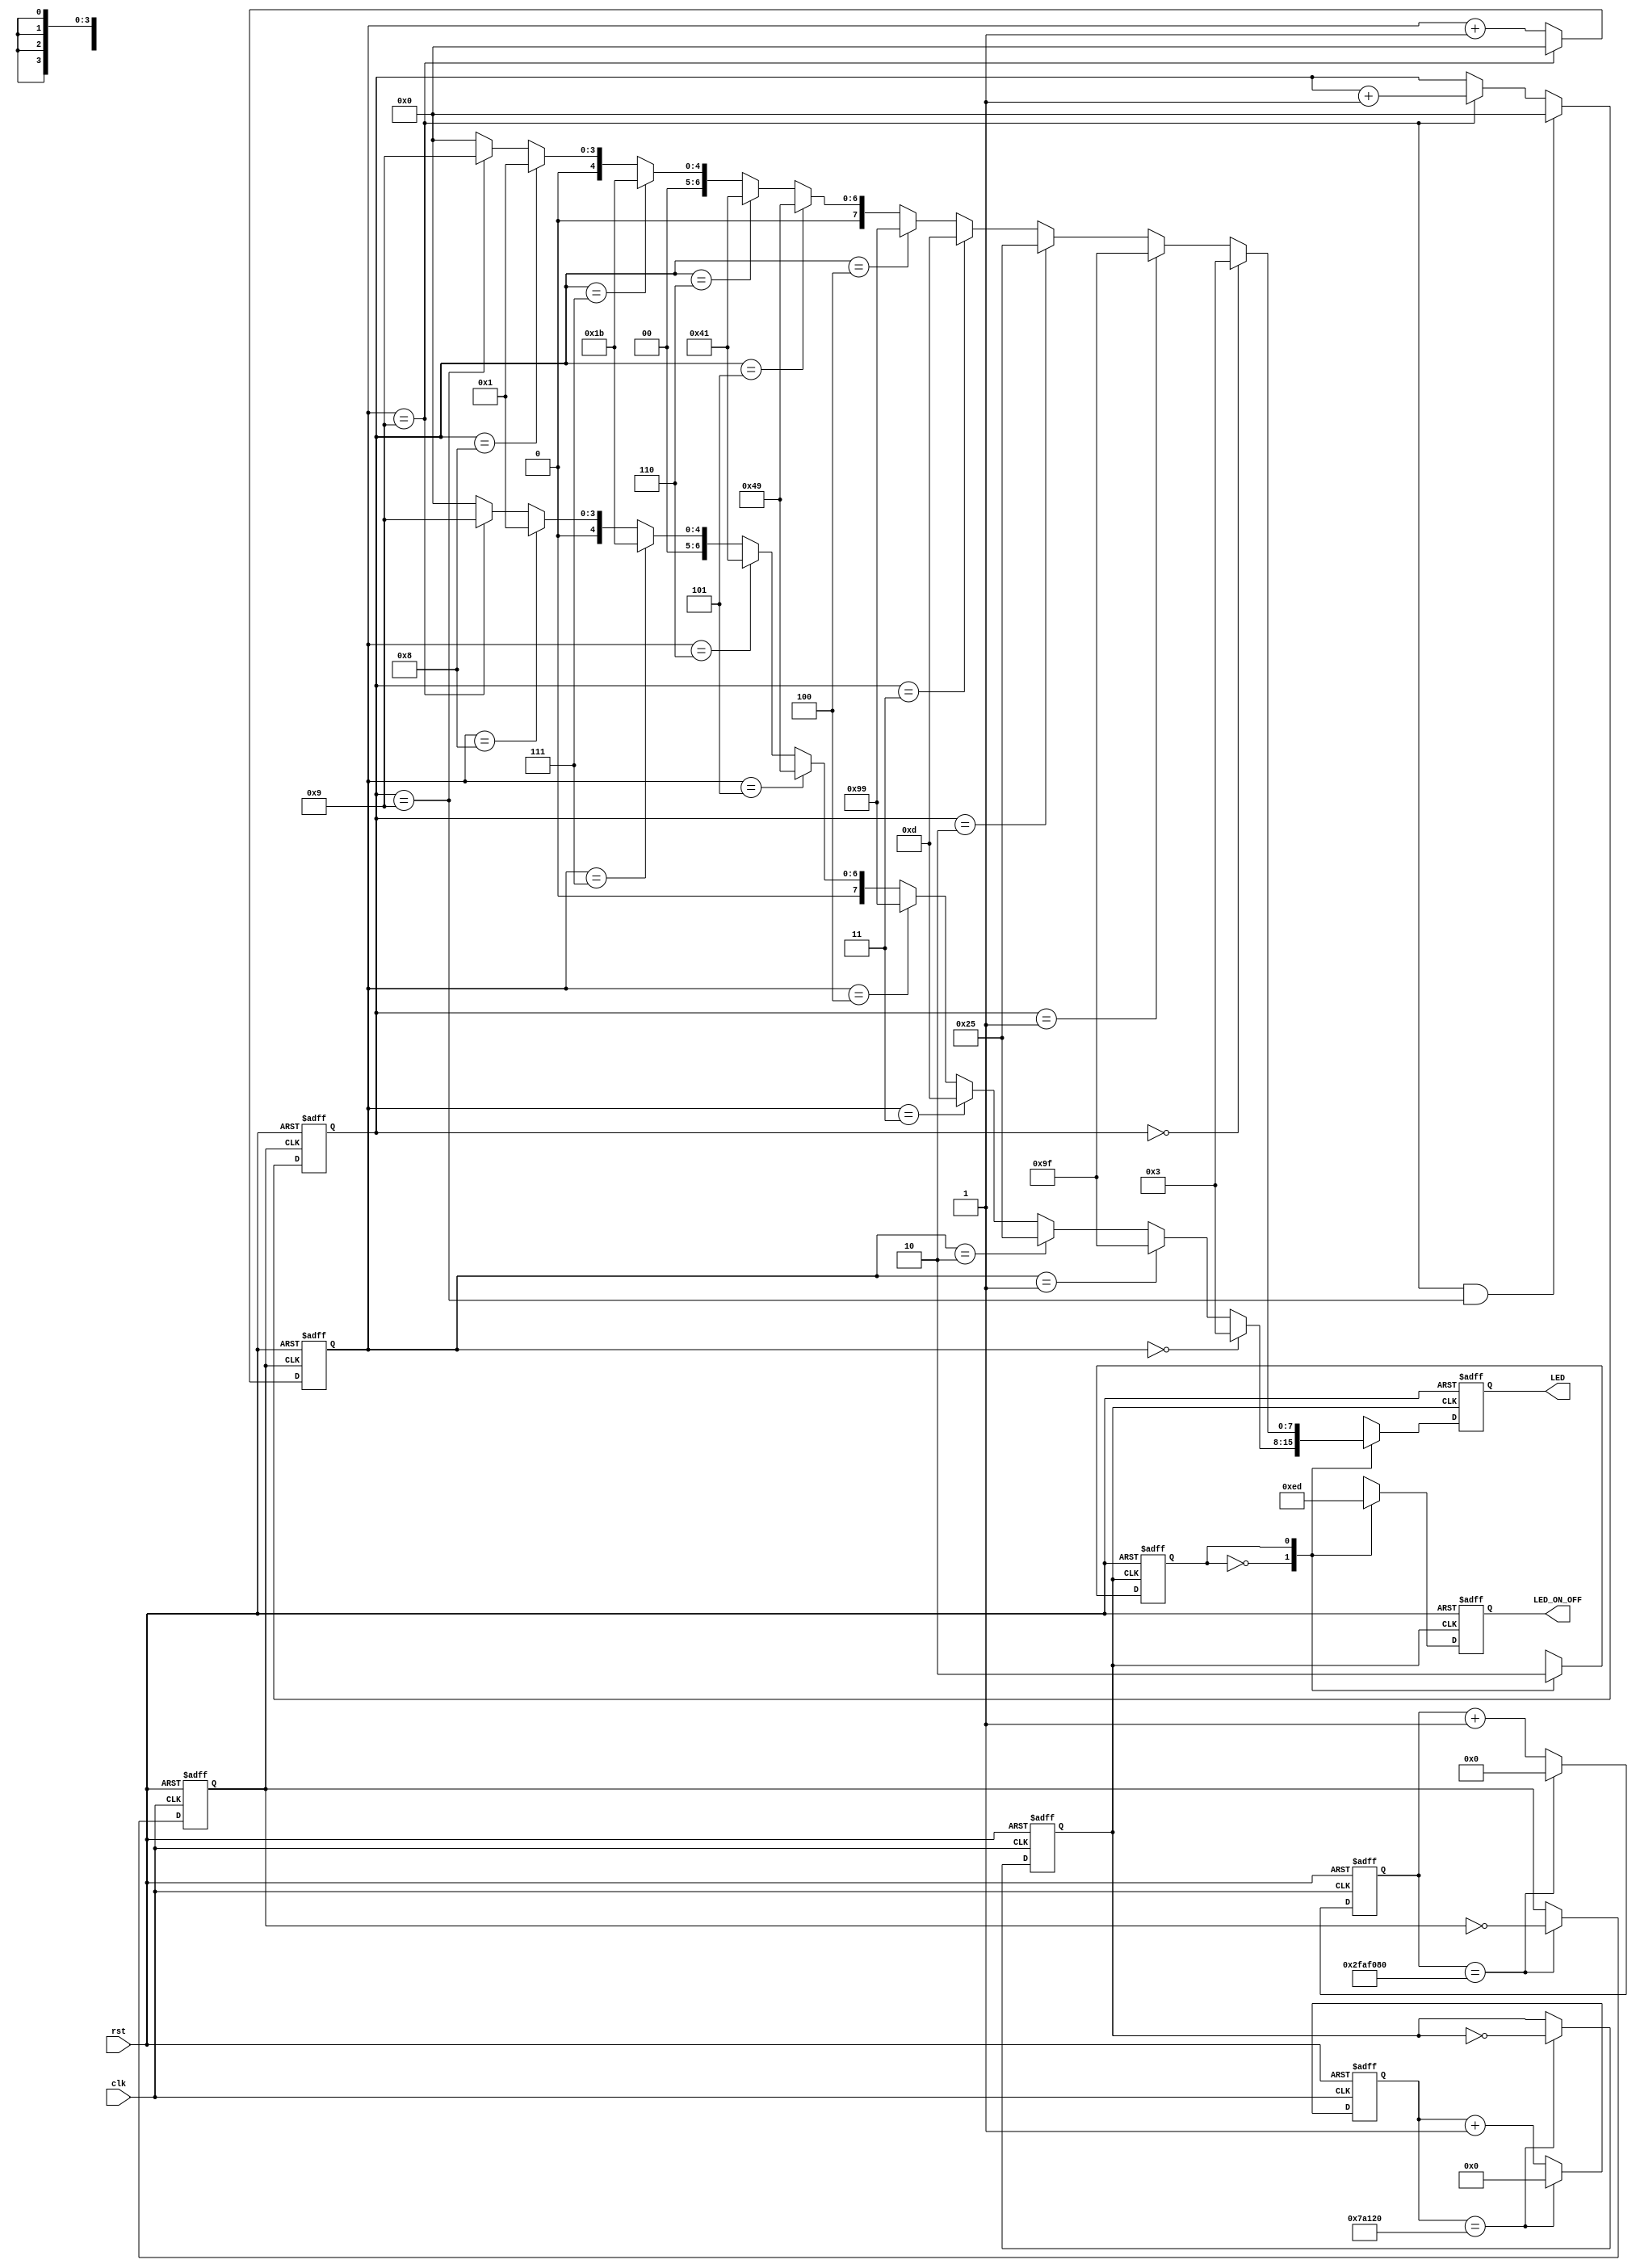
module S_LED_TOP
(
    input  wire clk,
    input  wire rst,
    output reg [3:0] LED_ON_OFF,
    output reg [7:0] LED);

wire rst_n = ~rst;
//計時1秒 1/10ns = 100000000 clock = 50000000 ~clk_1s;
reg clk_1s;
reg clk_LEDHz;
reg [26:0] COUNT_1S;
reg [24:0] COUNT_LEDHZ;
always @(posedge clk or negedge rst_n)
begin
    if(!rst_n)
    begin
        COUNT_1S   <=  'd0;
        COUNT_LEDHZ <=  'd0;
        clk_1s   <= 1'b0;
        clk_LEDHz <= 1'b0;
    end
    else
    begin
        COUNT_1S    <= (COUNT_1S    == 'd50000000)  ? 'd0 : COUNT_1S + 1'b1;
        COUNT_LEDHZ <= (COUNT_LEDHZ == 'd500000)   ? 'd0 : COUNT_LEDHZ + 1'b1;
        clk_1s      <= (COUNT_1S    == 'd50000000)  ? ~clk_1s : clk_1s;
        clk_LEDHz   <= (COUNT_LEDHZ == 'd500000)   ? ~clk_LEDHz : clk_LEDHz;
    end
end
//狀態機，用於刷新兩顆七段顯示器的開關。
localparam LED0 = 1'b0;
localparam LED1 = 1'b1;
reg LED_STA;
//定義個別的LED要顯示的數字
//                   abcdefgh  
localparam NUM0 = 8'b00000011; 
localparam NUM1 = 8'b10011111; 
localparam NUM2 = 8'b00100101;
localparam NUM3 = 8'b00001101;
localparam NUM4 = 8'b10011001;
localparam NUM5 = 8'b01001001;
localparam NUM6 = 8'b01000001;
localparam NUM7 = 8'b00011011;
localparam NUM8 = 8'b00000001;
localparam NUM9 = 8'b00001001;
always @(posedge clk_LEDHz or negedge rst_n)
begin
    if(!rst_n)
    begin
        LED_STA <= LED0;
        LED     <= 8'b11111111;
        LED_ON_OFF <= 4'b1111;
    end
    else
    begin
    case (LED_STA)
    LED0 :
    begin
        LED_ON_OFF <= 4'b1110;
        LED  <= (LED_COUNT0 == 'd0) ? NUM0 :
                (LED_COUNT0 == 'd1) ? NUM1 :
                (LED_COUNT0 == 'd2) ? NUM2 :
                (LED_COUNT0 == 'd3) ? NUM3 :
                (LED_COUNT0 == 'd4) ? NUM4 :
                (LED_COUNT0 == 'd5) ? NUM5 :
                (LED_COUNT0 == 'd6) ? NUM6 :
                (LED_COUNT0 == 'd7) ? NUM7 :
                (LED_COUNT0 == 'd8) ? NUM8 :
                (LED_COUNT0 == 'd9) ? NUM9 : 'd0;
        LED_STA <= LED1;
    end
    LED1 :
    begin
        LED_ON_OFF <= 4'b1101;
        LED  <= (LED_COUNT1 == 'd0) ? NUM0 :
                (LED_COUNT1 == 'd1) ? NUM1 :
                (LED_COUNT1 == 'd2) ? NUM2 :
                (LED_COUNT1 == 'd3) ? NUM3 :
                (LED_COUNT1 == 'd4) ? NUM4 :
                (LED_COUNT1 == 'd5) ? NUM5 :
                (LED_COUNT1 == 'd6) ? NUM6 :
                (LED_COUNT1 == 'd7) ? NUM7 :
                (LED_COUNT1 == 'd8) ? NUM8 :
                (LED_COUNT1 == 'd9) ? NUM9 : 'd0;
        LED_STA <= LED0;
    end
    default:
    begin
        LED_STA <= LED0;
        LED     <= 8'b11111111;
        LED_ON_OFF <= 4'b1111;
    end
    endcase
    end

end
//十進制
reg [3:0] LED_COUNT0; //個位數
reg [3:0] LED_COUNT1; //十位數
always @(posedge clk_1s or negedge rst_n)
begin
    if(!rst_n)
    begin
        LED_COUNT0 <= 'd0;
        LED_COUNT1 <= 'd0;
    end
    else
    begin
        LED_COUNT0 <= (LED_COUNT0 == 'd9) ? 'd0 : LED_COUNT0 + 1'b1;
        LED_COUNT1 <= (LED_COUNT0 == 'd9 && LED_COUNT1 == 'd9) ? 'd0 : (LED_COUNT0 == 'd9) ? LED_COUNT1 + 1'b1 : LED_COUNT1;
    end
end

endmodule